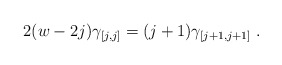
\begin{align*} 2(w-2j) \gamma_{[j,j]} = (j+1) \gamma_{[j+1,j+1]}\;. \end{align*}